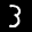
Label: 3